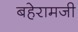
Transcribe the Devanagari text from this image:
बहेरामजी